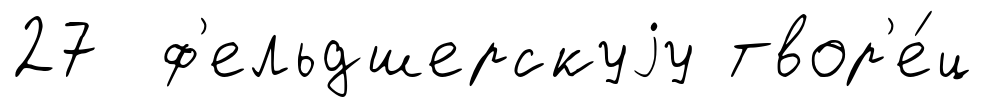
27 ф'ельдшерскуjу твор'е́ц